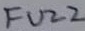
Text: FUZZ